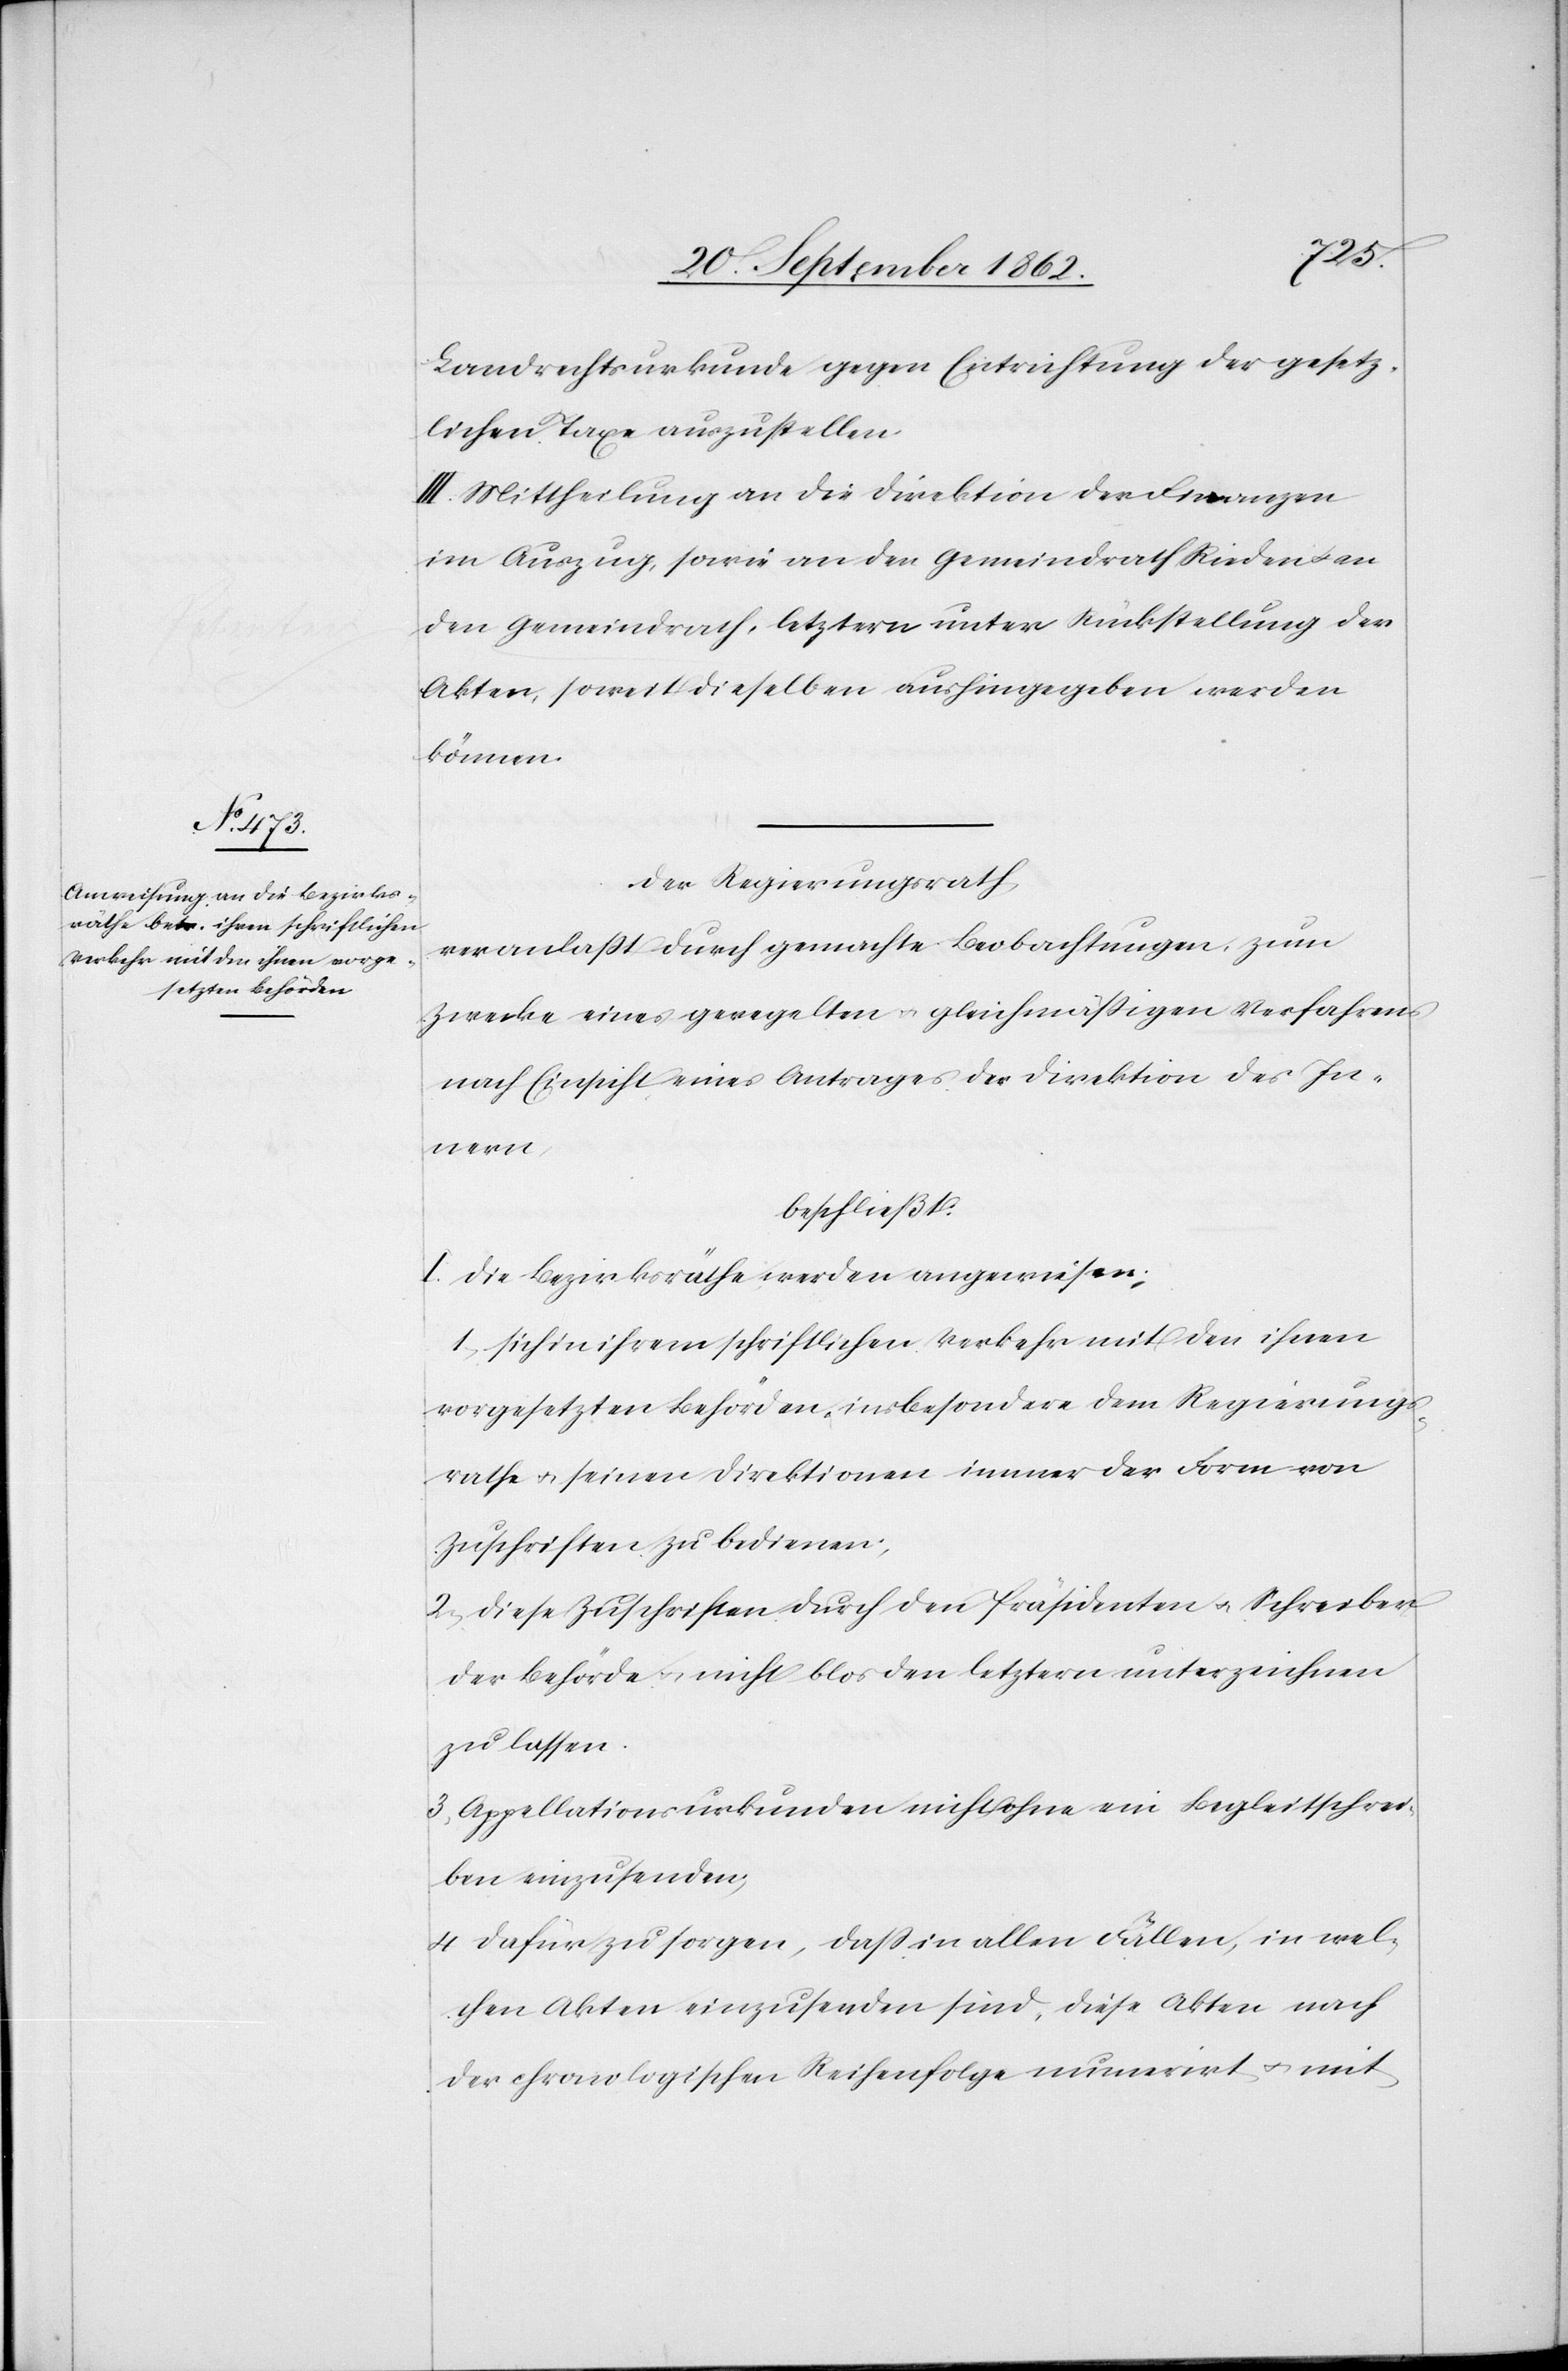
Landrechtsurkunde gegen Entrichtung der gesetz¬
lichen Taxe auszustellen.
III. Mittheilung an die Direktion der Finanzen
im Auszug, sowie an den Gemeindrath Rieden u. an
den Gemeindrath [sic!], letztern unter Rückstellung der
Akten, soweit dieselben aushingegeben werden
können.
Der Regierungsrath
veranlaßt durch gemachte Beobachtungen, zum
Zwecke eines geregelten u. gleichmäßigen Verfahrens
nach Einsicht eines Antrages der Direktion des In¬
nern,
beschließt:
I. Die Bezirksräthe werden angewiesen:
1. sich in ihrem schriftlichen Verkehr mit den ihnen
vorgesetzten Behörden, insbesondere dem Regierungs¬
rathe u. seinen Direktionen immer der Form von
Zuschriften zu bedienen;
2. diese Zuschriften durch den Präsidenten u. Schreiber
der Behörde u. nicht blos den letztern unterzeichnen
zu lassen.
3. Appellationsurkunden nicht ohne ein Begleitschrei¬
ben einzusenden,
4. dafür zu sorgen, daß in allen Fällen, in wel¬
chen Akten einzusenden sind, diese Akten nach
der chronologischen Reihenfolge numerirt u. mit